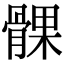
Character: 髁